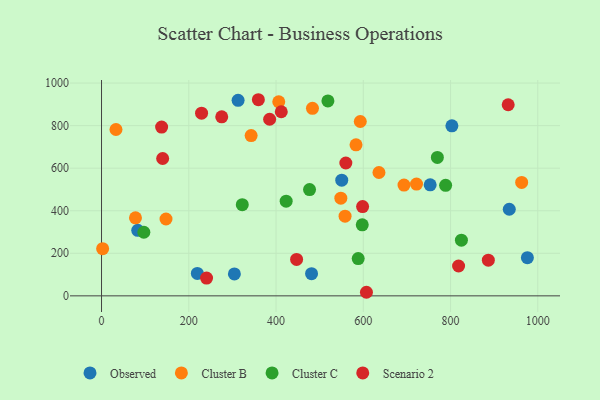
{"axis": {"x": "Study Hours", "y": "Profit"}, "legend": ["Cluster B", "Cluster C", "Observed", "Scenario 2"], "data": [{"x": "219.6", "y": 105.6, "type": "Observed"}, {"x": "313.0", "y": 918.9, "type": "Observed"}, {"x": "803.1", "y": 799.1, "type": "Observed"}, {"x": "83.0", "y": 307.8, "type": "Observed"}, {"x": "481.4", "y": 104.3, "type": "Observed"}, {"x": "934.6", "y": 407.0, "type": "Observed"}, {"x": "976.1", "y": 179.4, "type": "Observed"}, {"x": "753.3", "y": 521.6, "type": "Observed"}, {"x": "304.5", "y": 102.9, "type": "Observed"}, {"x": "550.6", "y": 543.4, "type": "Observed"}, {"x": "583.3", "y": 709.6, "type": "Cluster B"}, {"x": "693.3", "y": 520.5, "type": "Cluster B"}, {"x": "722.0", "y": 525.4, "type": "Cluster B"}, {"x": "2.5", "y": 221.5, "type": "Cluster B"}, {"x": "406.2", "y": 912.2, "type": "Cluster B"}, {"x": "483.5", "y": 881.2, "type": "Cluster B"}, {"x": "963.0", "y": 533.1, "type": "Cluster B"}, {"x": "342.9", "y": 753.3, "type": "Cluster B"}, {"x": "147.8", "y": 361.2, "type": "Cluster B"}, {"x": "33.1", "y": 781.8, "type": "Cluster B"}, {"x": "548.5", "y": 459.0, "type": "Cluster B"}, {"x": "77.8", "y": 366.5, "type": "Cluster B"}, {"x": "635.9", "y": 579.6, "type": "Cluster B"}, {"x": "558.2", "y": 374.3, "type": "Cluster B"}, {"x": "593.1", "y": 819.3, "type": "Cluster B"}, {"x": "597.6", "y": 333.7, "type": "Cluster C"}, {"x": "769.8", "y": 650.4, "type": "Cluster C"}, {"x": "423.2", "y": 444.8, "type": "Cluster C"}, {"x": "322.6", "y": 428.6, "type": "Cluster C"}, {"x": "788.7", "y": 519.5, "type": "Cluster C"}, {"x": "518.9", "y": 916.0, "type": "Cluster C"}, {"x": "824.9", "y": 261.7, "type": "Cluster C"}, {"x": "97.0", "y": 299.0, "type": "Cluster C"}, {"x": "588.3", "y": 175.4, "type": "Cluster C"}, {"x": "476.8", "y": 499.3, "type": "Cluster C"}, {"x": "229.3", "y": 858.7, "type": "Scenario 2"}, {"x": "412.0", "y": 865.3, "type": "Scenario 2"}, {"x": "359.5", "y": 921.7, "type": "Scenario 2"}, {"x": "818.4", "y": 140.2, "type": "Scenario 2"}, {"x": "932.1", "y": 898.2, "type": "Scenario 2"}, {"x": "275.5", "y": 841.3, "type": "Scenario 2"}, {"x": "385.3", "y": 830.0, "type": "Scenario 2"}, {"x": "240.7", "y": 83.7, "type": "Scenario 2"}, {"x": "560.0", "y": 624.3, "type": "Scenario 2"}, {"x": "140.1", "y": 645.5, "type": "Scenario 2"}, {"x": "447.1", "y": 171.4, "type": "Scenario 2"}, {"x": "607.2", "y": 16.8, "type": "Scenario 2"}, {"x": "598.4", "y": 419.7, "type": "Scenario 2"}, {"x": "886.6", "y": 167.7, "type": "Scenario 2"}, {"x": "137.7", "y": 793.4, "type": "Scenario 2"}]}